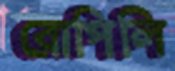
রোপিলি